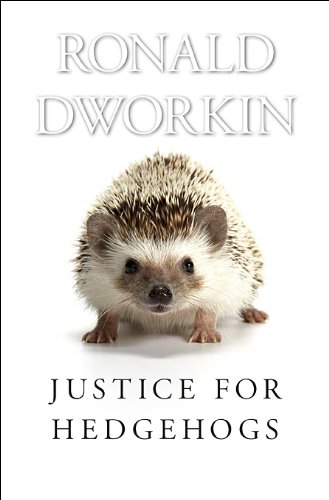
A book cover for Justice for Hedgehogs; Ronald Dworkin; Politics & Social Sciences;